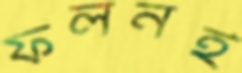
ফলনই